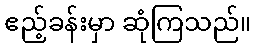
ဧည့်ခန်းမှာ ဆုံကြသည်။